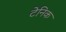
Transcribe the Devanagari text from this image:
टेनिक